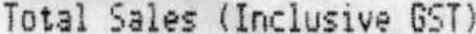
TOTAL SALES (INCLUSIVE GST)